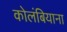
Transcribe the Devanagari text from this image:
कोलंबियाना